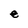
Character: e